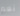
نعم